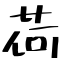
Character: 荷